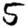
Digit: 5